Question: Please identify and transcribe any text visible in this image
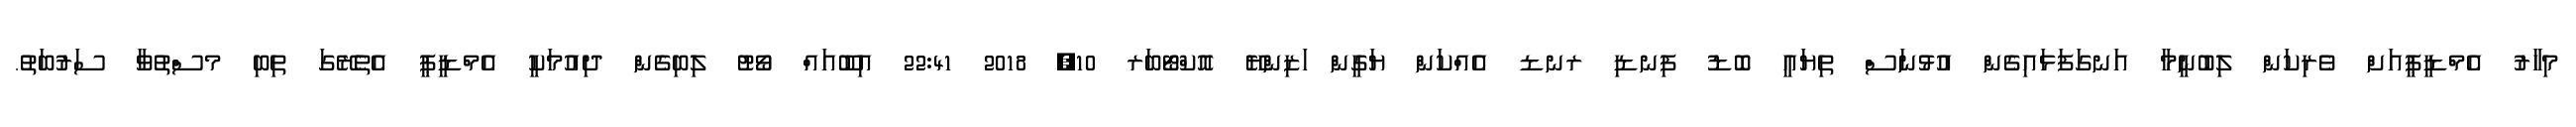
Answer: މިހާރު އެމްޑީޕީއަށް ވެރިކަން ލިބުނީމާ އަނގަފަޅައިގެން އުޅުނަސް ތިޔައީ ބޮޑު ފިނޑި ރނޑ އެއްކަން ޔަގީން ަޒިންޔޭ އޮކްޓޯބަރ 10, 2018 22:41 އިބޫއައް ވޯޓު ލިބިގެން ދިއުމަކީ އެމްޑީޕީ އެތެރޭގަ ތިބި މސްތުވާ ސަރުބަތު.